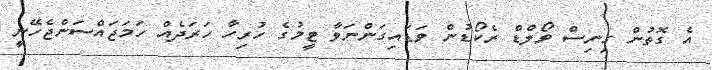
އެ ގޮތުން ގިނިސް ވޯލްޑް ރެކޯޑުން ވަޑައިގަންނަވާ ޓީމުގެ ހުރިހާ ހަރަދެއް ހަމަޖައްސަންޖެހޭނީ